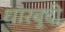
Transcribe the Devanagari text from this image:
धारबुदी